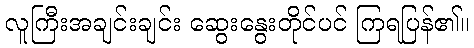
လူကြီးအချင်းချင်း ဆွေးနွေးတိုင်ပင် ကြရပြန်၏။